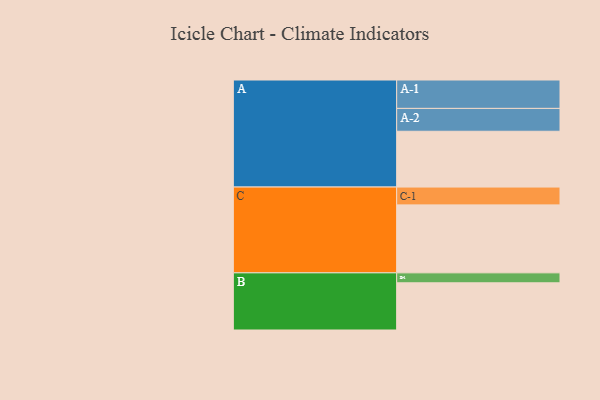
{"axis": {"x": "Segment", "y": "Value"}, "legend": ["", "A", "B", "C"], "data": [{"x": "A", "y": 454, "type": ""}, {"x": "B", "y": 384, "type": ""}, {"x": "C", "y": 553, "type": ""}, {"x": "A-1", "y": 231, "type": "A"}, {"x": "A-2", "y": 186, "type": "A"}, {"x": "B-1", "y": 81, "type": "B"}, {"x": "C-1", "y": 145, "type": "C"}]}